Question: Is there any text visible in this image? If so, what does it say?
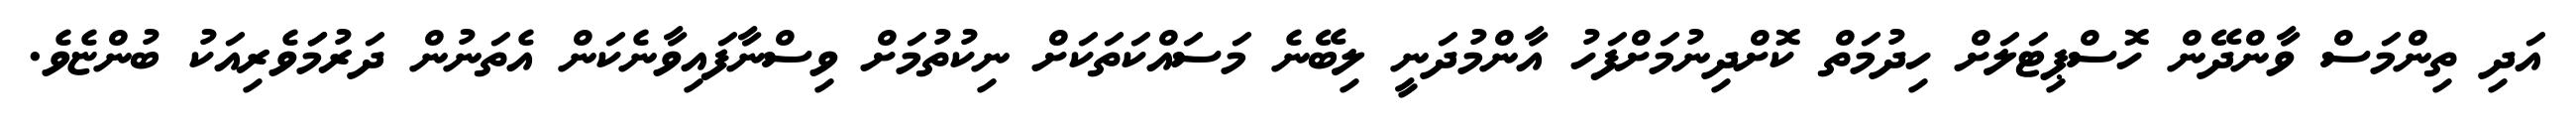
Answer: އަދި ތިންމަސް ވާންދޭން ހޮސްޕިޓަލަށް ހިދުމަތް ކޮށްދިނުމަށްފަހު އާންމުދަނީ ލިބޭނެ މަސައްކަތަކަށް ނިކުތުމަށް ވިސްނާފައިވާނެކަން އެތަނުން ދަރުމަަވެރިއަކު ބުންޏެވެ.